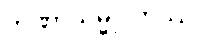
တဏှာသမ္မုဒိတဿ